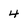
Character: 4